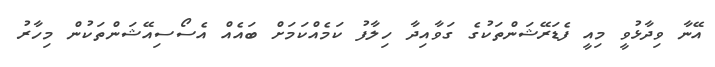
އޭނާ ވިދާޅުވީ މިއީ ފެޑަރޭޝަންތަކުގެ ގަވާއިދާ ހިލާފު ކަމެއްކަމަށް ބައެއް އެސޯސިއޭޝަންތަކުން މިހާރު